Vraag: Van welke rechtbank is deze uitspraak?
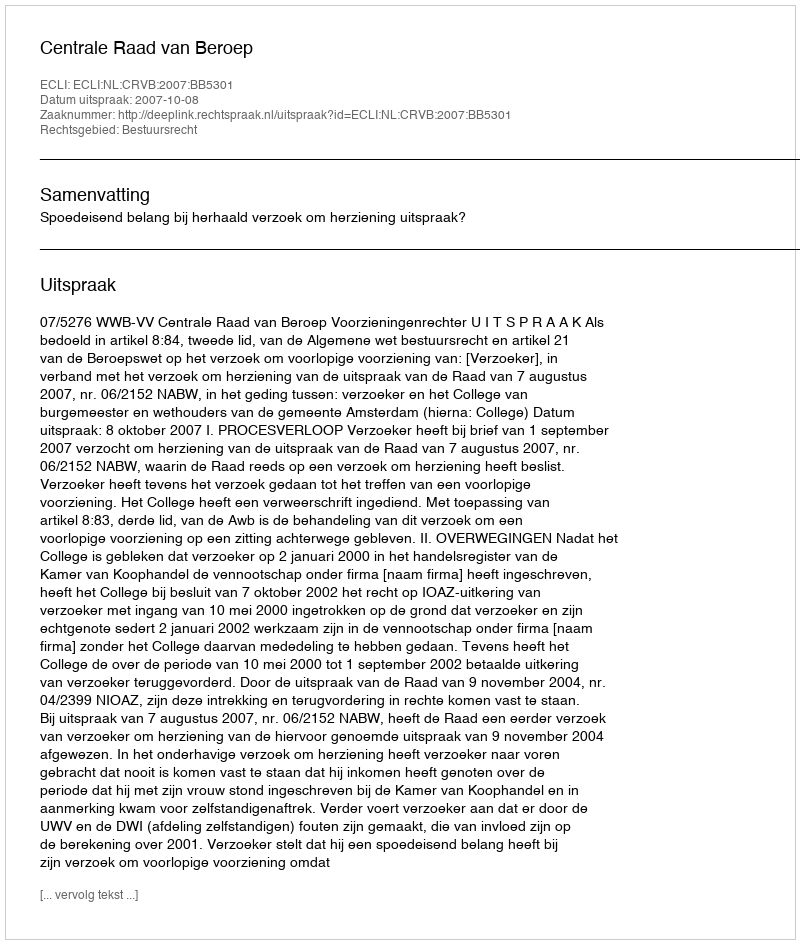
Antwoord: Centrale Raad van Beroep